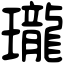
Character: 瓏